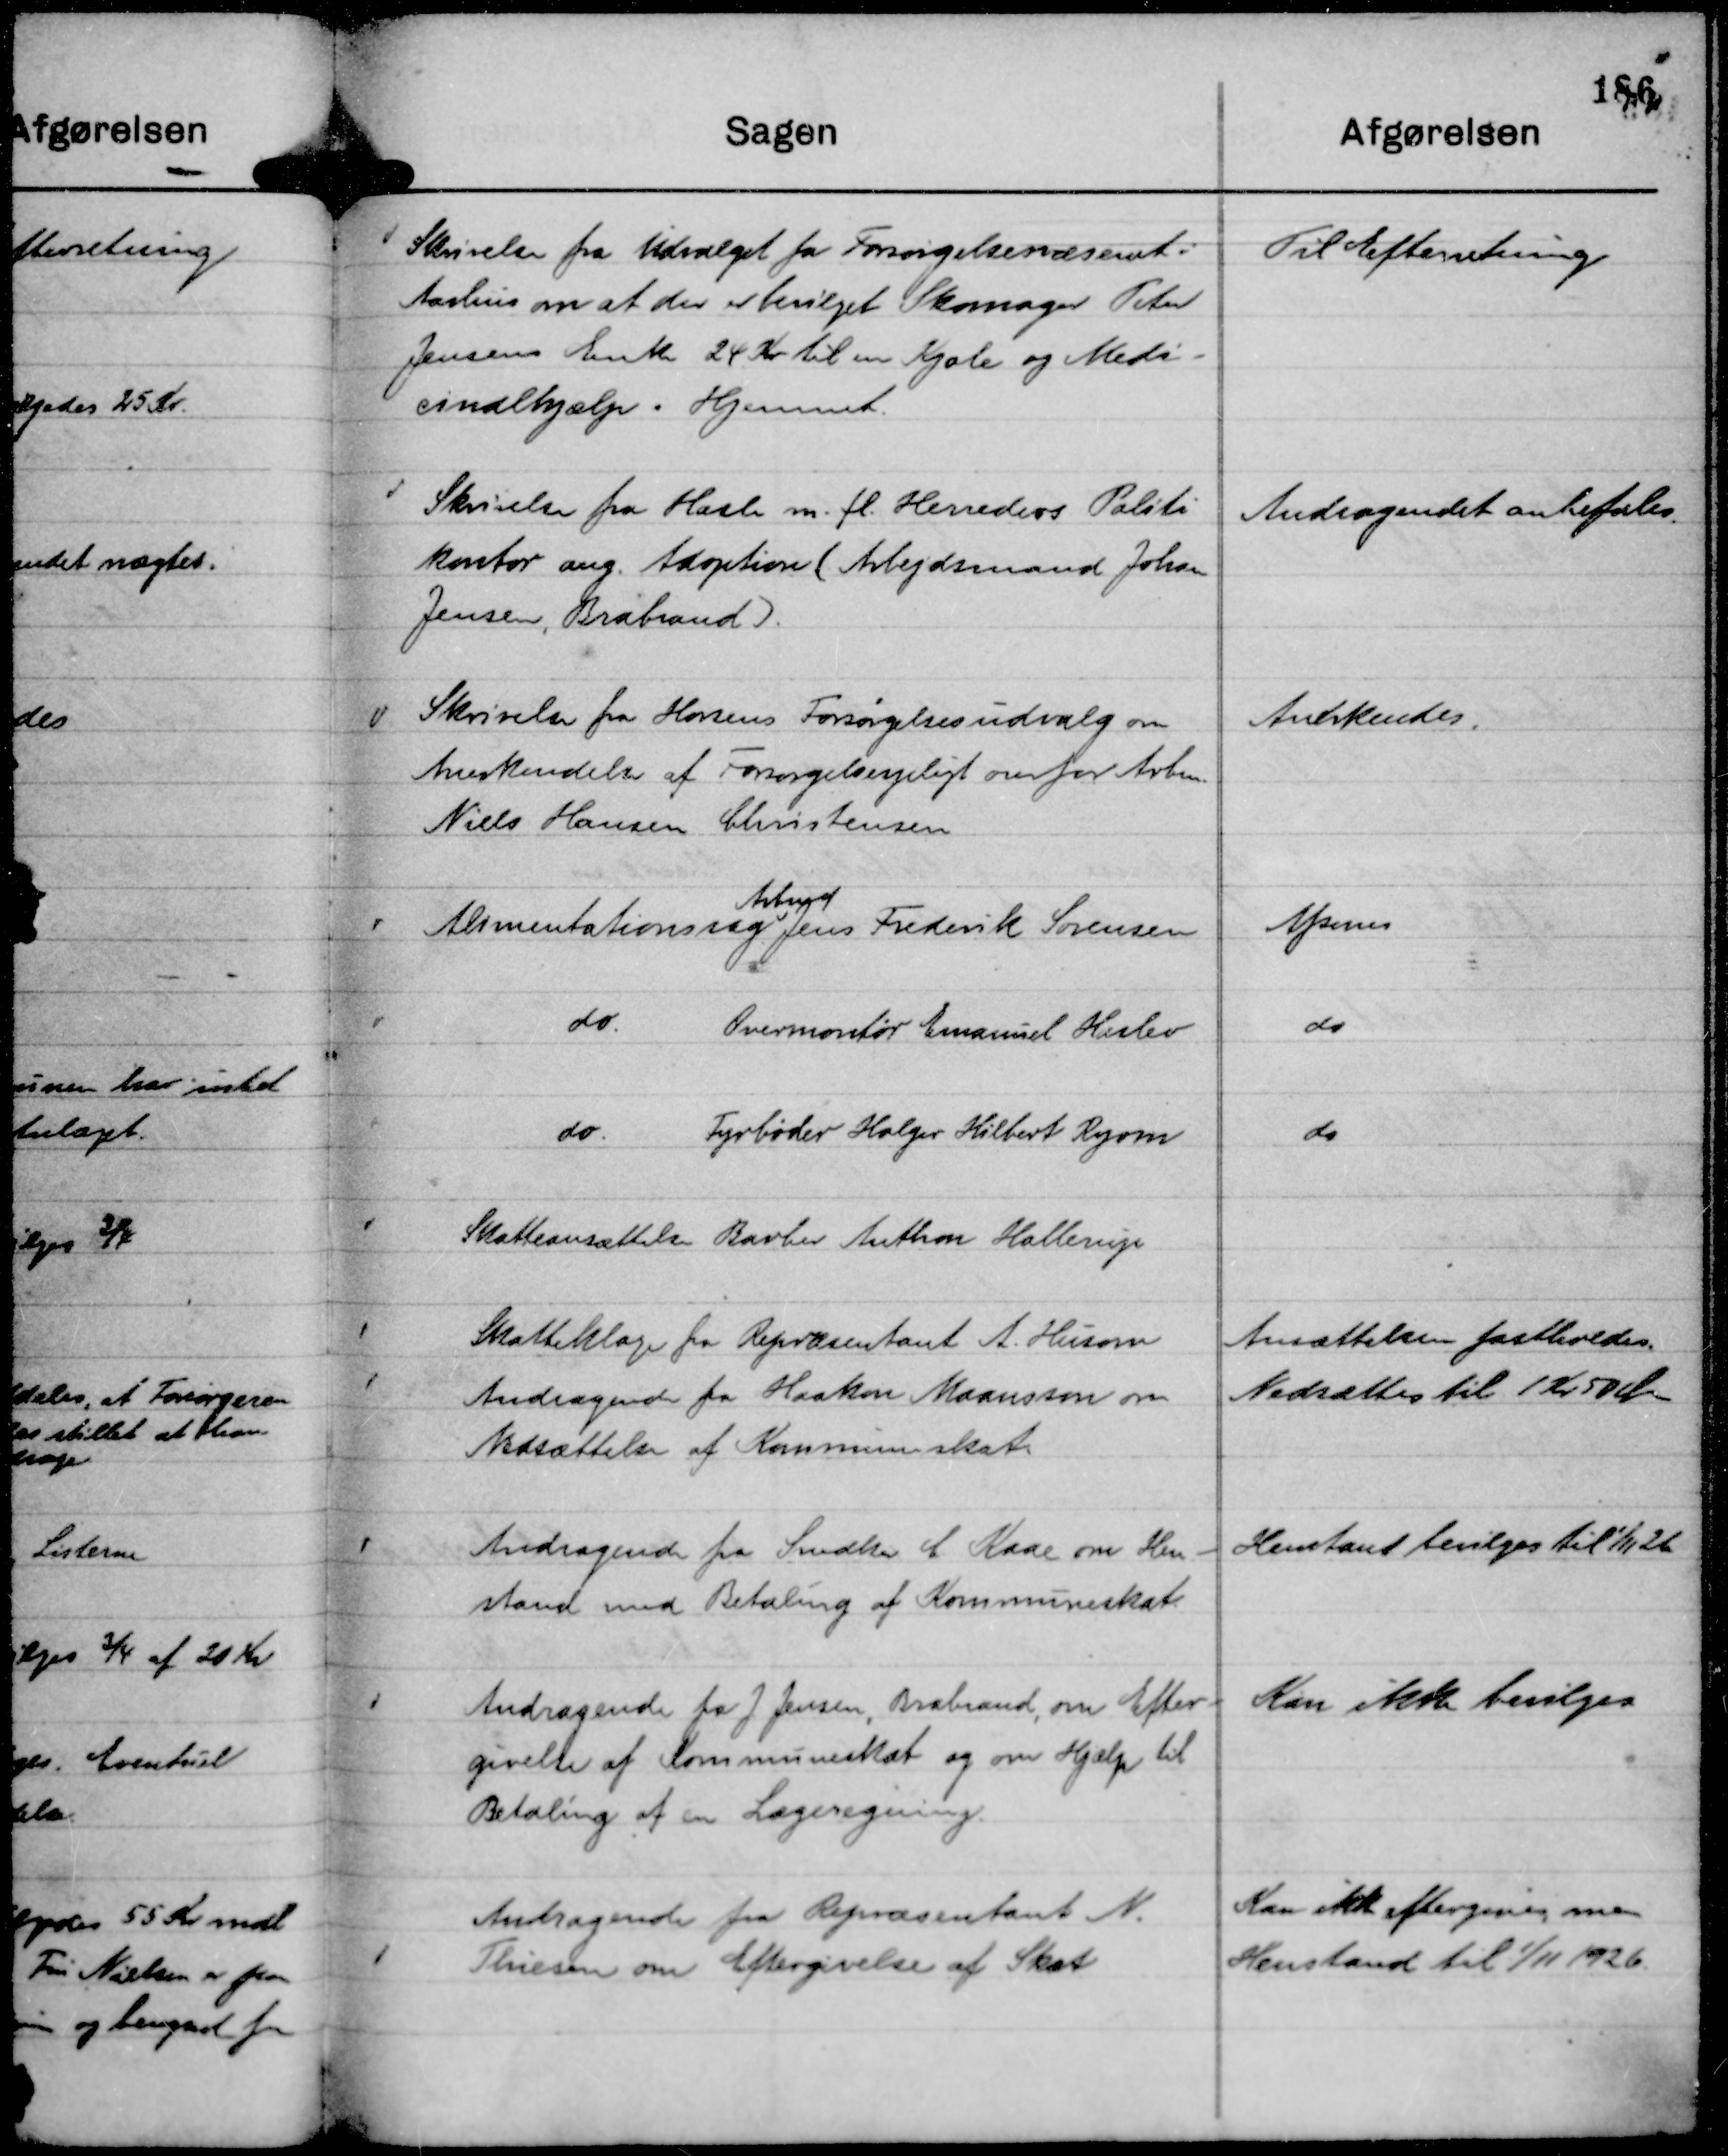
Transskription:
Skrivelse fra Udvalget for Forsørgelsesvæsenet i
Aarhus om at der er bevilget Skomager Peter
Jensens Enke 24 Kr til en Kjole og Medi-
cinalhjælp i Hjemmet.

Til Efterretning

Skrivelse fra Hasle m. fl. Herreders Politi
kontor ang. Adoption ( Arbejdsmand Johan
Jensen, Brabrand ).

Andragendet anbefales.

Skrivelse fra Horsens Forsørgelsesudvalg om
Anerkendelse af Forsørgelsespligt overfor Arbm.
Niels Hansen Christensen

Anerkendes.

Alimentationssag
Arbmd
Jens Frederik Sørensen

Afsones

do.
Overmontør Emanuel Haslev

do

do.
Fyrbøder Holger Hilbert Ryom

do

Skatteansættelse Barber Anthon Hallerup

Skatteklage fra Repræsentant A. Husom

Ansættelsen fastholdes.

Andragende fra Haakon Maansson om
Nedsættelse af Kommuneskat.

Nedsættes til 1 Kr 50 Øre

Andragende fra Snedker C. Kaae om Hen-
stand med Betaling af Kommuneskat.

Henstand bevilges til

1/11 26

Andragende fra J Jensen, Brabrand, om Efter-
givelse af Kommuneskat og om Hjælp til
Betaling af en Lægeregning.

Kan ikke bevilges

Andragende fra Repræsentant N.
Thiesen om Eftergivelse af Skat

Kan ikk eftergives, men
Henstand til

1/11 1926.